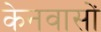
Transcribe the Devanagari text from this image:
केनवासों